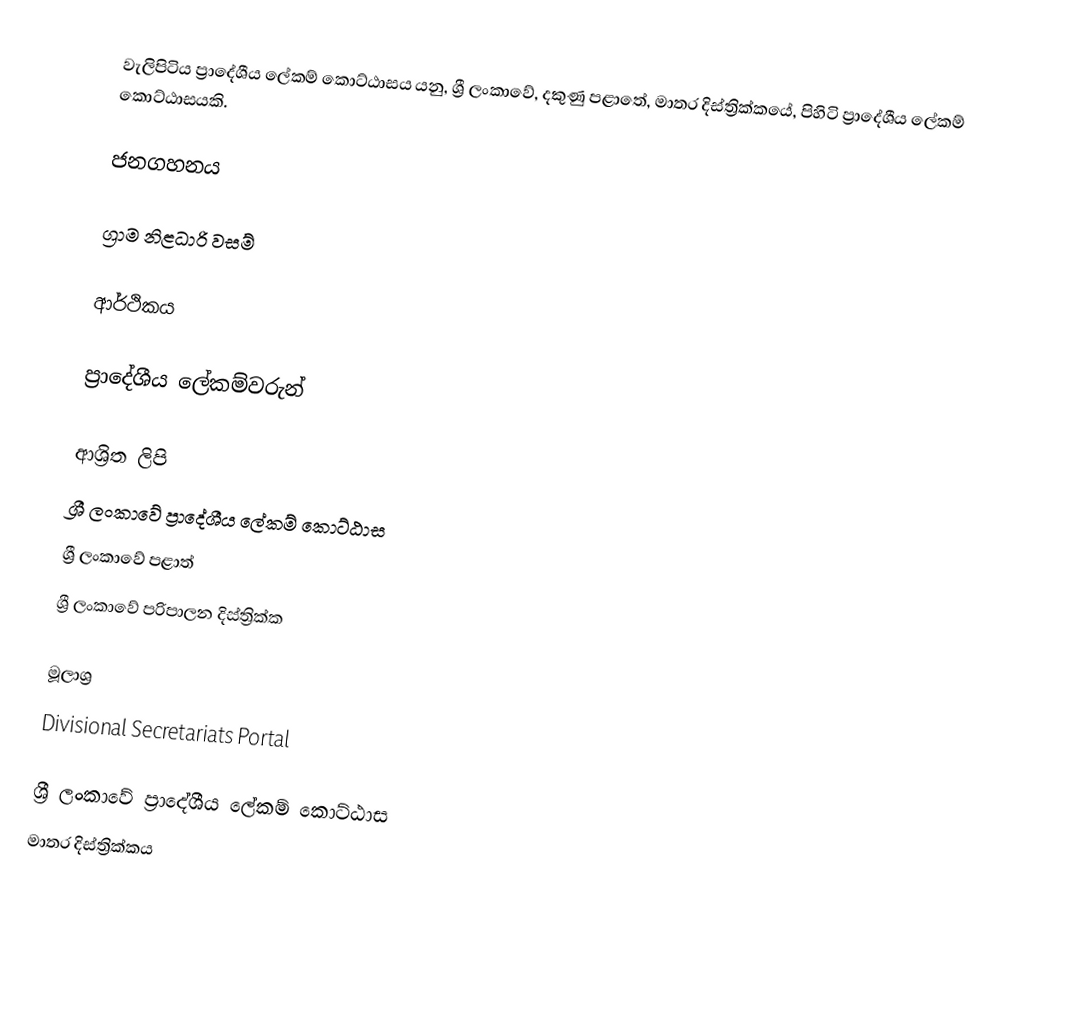
වැලිපිටිය ප්‍රාදේශීය ලේකම් කොට්ඨාසය යනු,  ශ්‍රී ලංකාවේ, දකුණු පළාතේ,   මාතර දිස්ත්‍රික්කයේ, පිහිටි ප්‍රාදේශීය ලේකම් කොට්ඨාසයකි.

ජනගහනය

ග්‍රාම නිළධාරි වසම්

ආර්ථිකය

ප්‍රාදේශීය ලේකම්වරුන්

ආශ්‍රිත ලිපි
ශ්‍රී ලංකාවේ ප්‍රාදේශීය ලේකම් කොට්ඨාස
ශ්‍රී ලංකාවේ පළාත්
ශ්‍රී ලංකාවේ පරිපාලන දිස්ත්‍රික්ක

මූලාශ්‍ර
 Divisional Secretariats Portal

ශ්‍රී ලංකාවේ ප්‍රාදේශීය ලේකම් කොට්ඨාස
මාතර දිස්ත්‍රික්කය